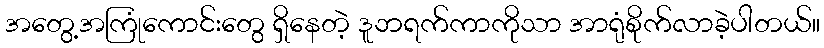
အတွေ့အကြုံကောင်းတွေ ရှိနေတဲ့ ဒူဘရက်ကာကိုသာ အာရုံစိုက်လာခဲ့ပါတယ်။